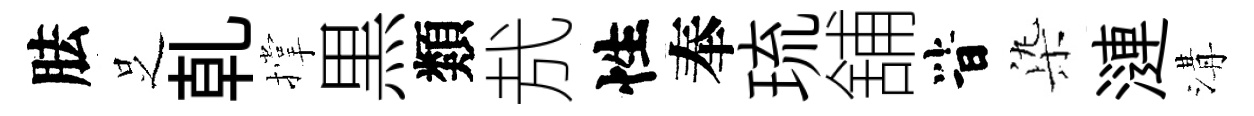
胠𠯁乹撑黒類㢤性奉琉舖𣅜𣑱漣溝